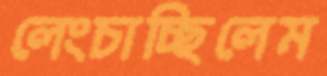
লেংচাচ্ছিলেম